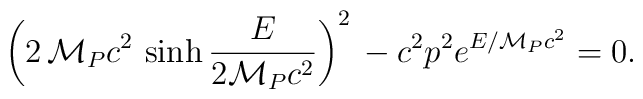
\left(2\,{\cal M}_P c^2\,\sinh \frac{E}{2{\cal M}_P c^2}\right)^2\,  -c^2p^2 e^{E/{\cal M}_Pc^2} =0.